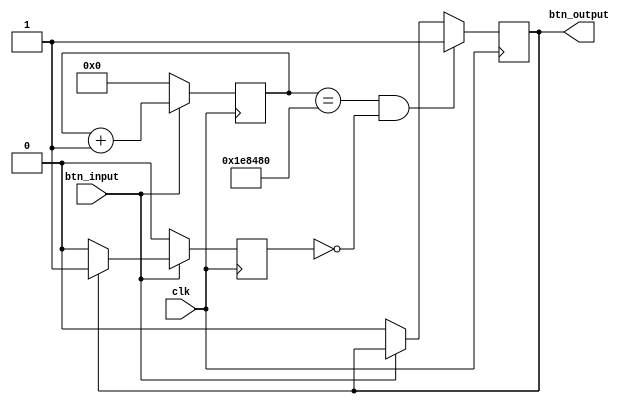

module debounce(input  clk, input btn_input, output btn_output);

parameter DEBOUNCE_PERIOD = 2000000; /* 20 msec @ 100MHz */

reg [20:0] counter;
reg debounced_btn_state;
reg pressed;

assign btn_output = debounced_btn_state;

always@(posedge clk) begin
  if (btn_input == 0) begin
    counter <= 0;
    pressed <= 0;
  end else begin
    counter <= counter + 1;
    pressed <= (debounced_btn_state == 1)? 1 : 0;
  end
end

always@(posedge clk) begin
  // wait until the button is pressed continuously for 20 msec
  if (counter == DEBOUNCE_PERIOD && pressed == 0)
    debounced_btn_state <= 1;
  else
    debounced_btn_state <= (btn_input == 0)? 0 : btn_output;
end

endmodule